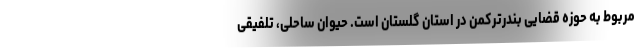
مربوط به حوزه قضایی بندرترکمن در استان گلستان است. حیوان ساحلی، تلفیقی